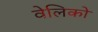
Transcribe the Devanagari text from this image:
वेलिको